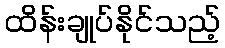
ထိန်းချုပ်နိုင်သည့်